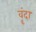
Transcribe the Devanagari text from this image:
वॄंदा